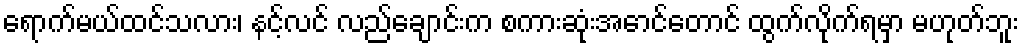
ရောက်မယ်ထင်သလား၊ နင့်လင် လည်ချောင်းက စကားဆုံးအောင်တောင် ထွက်လိုက်ရမှာ မဟုတ်ဘူး